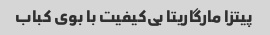
پیتزا مارگاریتا بی‌کیفیت با بوی کباب